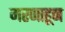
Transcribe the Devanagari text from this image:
मरणाहून